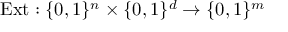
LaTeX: { \mathrm { E x t } } : \{ 0 , 1 \} ^ { n } \times \{ 0 , 1 \} ^ { d } \rightarrow \{ 0 , 1 \} ^ { m }